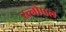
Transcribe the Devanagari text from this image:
रत्नोपल